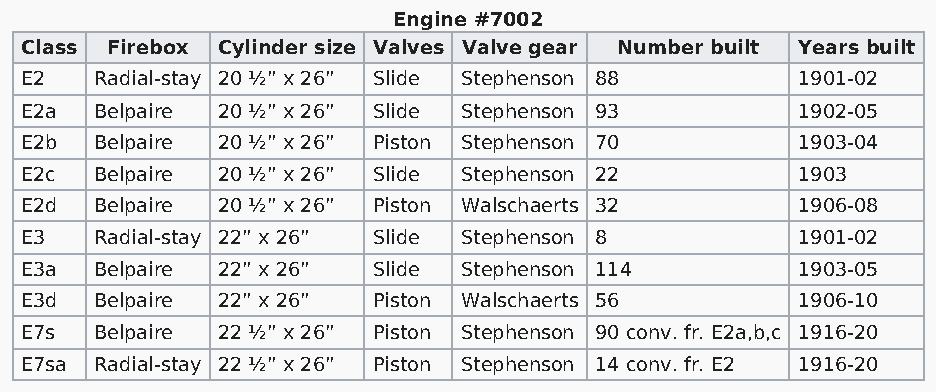
Engine #7002
 Class Firebox Cylinder size Valves Valve gear Number built Years built
 E2   Radial-stay 20 ½” x 26” Slide Stephenson 88    1901-02
 E2a  Belpaire 20 ½” x 26” Slide Stephenson 93       1902-05
 E2b  Belpaire 20 ½” x 26” Piston Stephenson 70      1903-04
 E2c  Belpaire 20 ½” x 26” Slide Stephenson 22       1903
 E2d  Belpaire 20 ½” x 26” Piston Walschaerts 32     1906-08
 E3   Radial-stay 22” x 26” Slide Stephenson 8       1901-02
 E3a  Belpaire 22” x 26” Slide Stephenson 114        1903-05
 E3d  Belpaire 22” x 26” Piston Walschaerts 56       1906-10
 E7s  Belpaire 22 ½” x 26” Piston Stephenson 90 conv. fr. E2a,b,c 1916-20
 E7sa Radial-stay 22 ½” x 26” Piston Stephenson 14 conv. fr. E2 1916-20